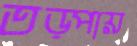
তড়্‌পায়